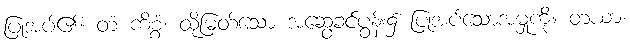
ပြုအပ်၏။ တံ ကိစ္စံ၊ ထိုမြတ်သော အဆွေခင်ပွန်း၌ ပြုအပ်သောအမှုကို။ တယာ၊